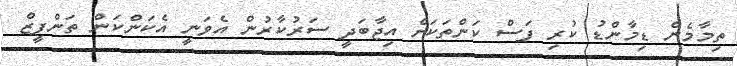
ތިމާމެން ޑިމާންޑު ކުރި ފަސް ކަންތަކަށް އިޖާބަދީ ސަރުކާރުން އެވަނީ އެކަންކަން ތަންފީޒް